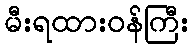
မီးရထားဝန်ကြီး